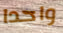
واحدا